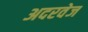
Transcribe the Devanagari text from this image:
अदरवेज